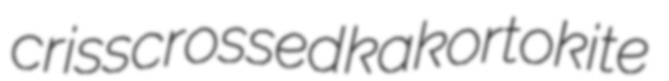
crisscrossed kakortokite